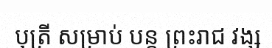
បុត្រី សម្រាប់ បន្ត ព្រះរាជ វង្ស